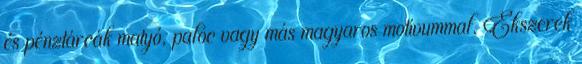
és pénztárcák matyó, palóc vagy más magyaros motívummal. Ékszerek